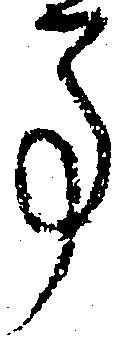
事